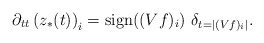
\begin{align*}\partial_{tt} \left(z_*(t)\right)_i = \textnormal{sign}((Vf)_i) ~ \delta_{t = |(Vf)_i|}. \end{align*}